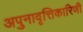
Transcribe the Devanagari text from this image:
अपुनावृत्तिकारिणी